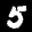
Label: 5